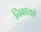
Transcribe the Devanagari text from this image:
निकायऐ